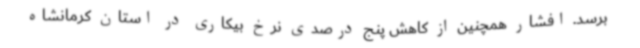
برسد. افشار همچنین از کاهش پنج درصدی نرخ بیکاری در استان کرمانشاه